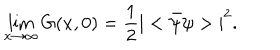
LaTeX: \lim _ { x \rightarrow \infty } G ( x , 0 ) = \frac { 1 } { 2 } { \vert < { \bar { \psi } } \psi > \vert } ^ { 2 } .